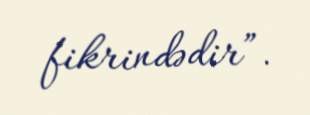
fikrindədir”.